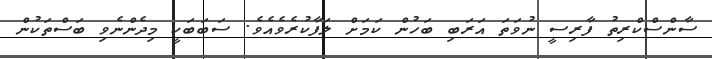
ސާންސްކްރިތު ފާރިސީ ނުވަތަ އަރަބި ބަހުން ކަމަށް ލަފާކުރެވެއެވެ. ސަބަބަކީ މިދެންނެވި ބަސްތަކުން